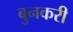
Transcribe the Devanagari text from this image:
बुनकरी